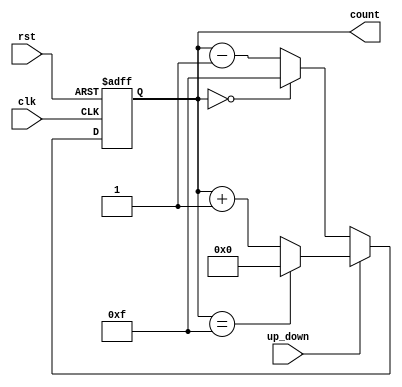
module UpDownCounter (
    input wire clk,               // Clock signal
    input wire rst,               // Asynchronous reset signal
    input wire up_down,           // Up/Down control signal
    output reg [3:0] count        // 4-bit binary count output
);

// Always block for synchronous logic
always @(posedge clk or posedge rst) begin
    if (rst) begin
        // Reset the count to zero on reset signal
        count <= 4'b0000;
    end else begin
        // Count up or down based on the up_down control signal
        if (up_down) begin
            // Count up
            if (count == 4'b1111) begin
                count <= 4'b0000; // Wrap around to zero
            end else begin
                count <= count + 1; // Increment the counter
            end
        end else begin
            // Count down
            if (count == 4'b0000) begin
                count <= 4'b1111; // Wrap around to maximum value
            end else begin
                count <= count - 1; // Decrement the counter
            end
        end
    end
end

endmodule